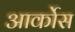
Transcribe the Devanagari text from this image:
आर्कोस